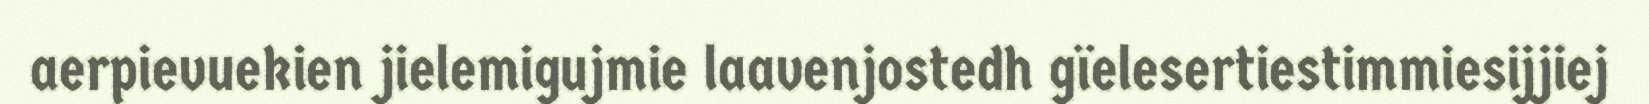
aerpievuekien jielemigujmie laavenjostedh gïelesertiestimmiesijjiej